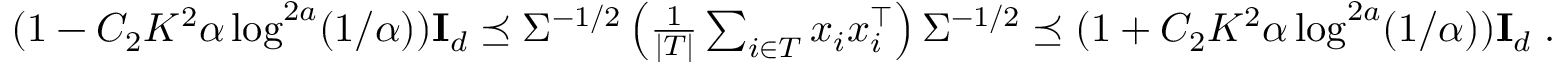
\begin{array} { r } { ( 1 - C _ { 2 } K ^ { 2 } \alpha \log ^ { 2 a } ( 1 / \alpha ) ) \mathbf { I } _ { d } \preceq \Sigma ^ { - 1 / 2 } \left( \frac { 1 } { | T | } \sum _ { i \in T } x _ { i } x _ { i } ^ { \top } \right) \Sigma ^ { - 1 / 2 } \preceq ( 1 + C _ { 2 } K ^ { 2 } \alpha \log ^ { 2 a } ( 1 / \alpha ) ) \mathbf { I } _ { d } \; . } \end{array}